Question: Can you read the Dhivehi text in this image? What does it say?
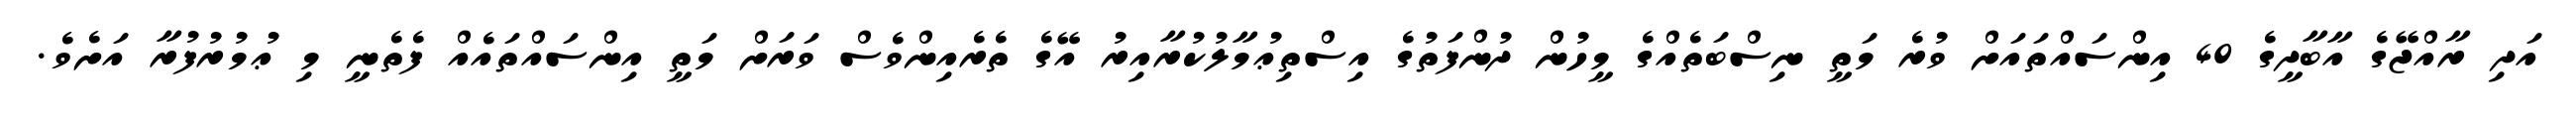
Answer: އަދި ރާއްޖޭގެ އާބާދީގެ 40 އިންސައްތައަށް ވުރެ މަތީ ނިސްބަތެއްގެ މީހުން ދުންފަތުގެ އިސްތިޢުމާލުކުރާއިރު އޭގެ ތެރެއިންވެސް ވަރަށް މަތީ އިންސައްތައެއް ފެތެނީ މި ޢުމުރުފުރާ އަށެވެ.